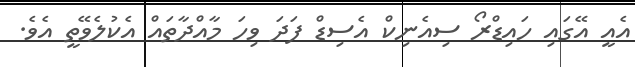
އެއީ އޭގައި ހައިޑްރޯ ސިއެނިކް އެސިޑް ފަދަ ވިހަ މާއްދާތައް އެކުލެވޭތީ އެވެ.